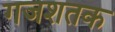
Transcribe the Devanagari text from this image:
गजशतक